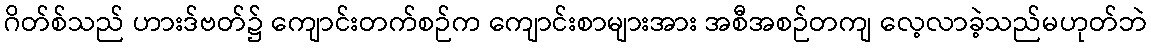
ဂိတ်စ်သည် ဟားဒ်ဗတ်၌ ကျောင်းတက်စဉ်က ကျောင်းစာများအား အစီအစဉ်တကျ လေ့လာခဲ့သည်မဟုတ်ဘဲ